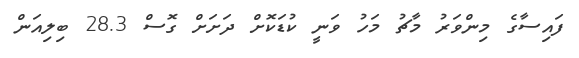
ފައިސާގެ މިންވަރު މާޗު މަހު ވަނީ ކުޑަކޮށް ދަށަށް ގޮސް 28.3 ބިލިއަން